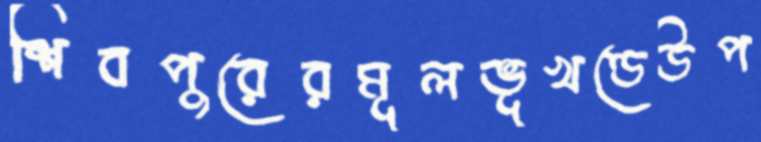
শিবপুরেরমূলভূখণ্ডেউপ